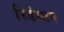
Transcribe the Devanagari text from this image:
रिडेमान